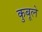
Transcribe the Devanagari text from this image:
कुबूले